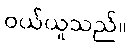
ဝယ်ယူသည်။